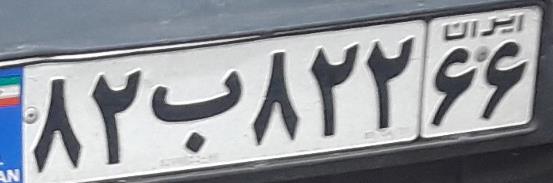
۸۲ب۸۲۲۶۶